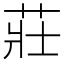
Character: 莊